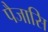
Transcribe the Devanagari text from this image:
पैजासि